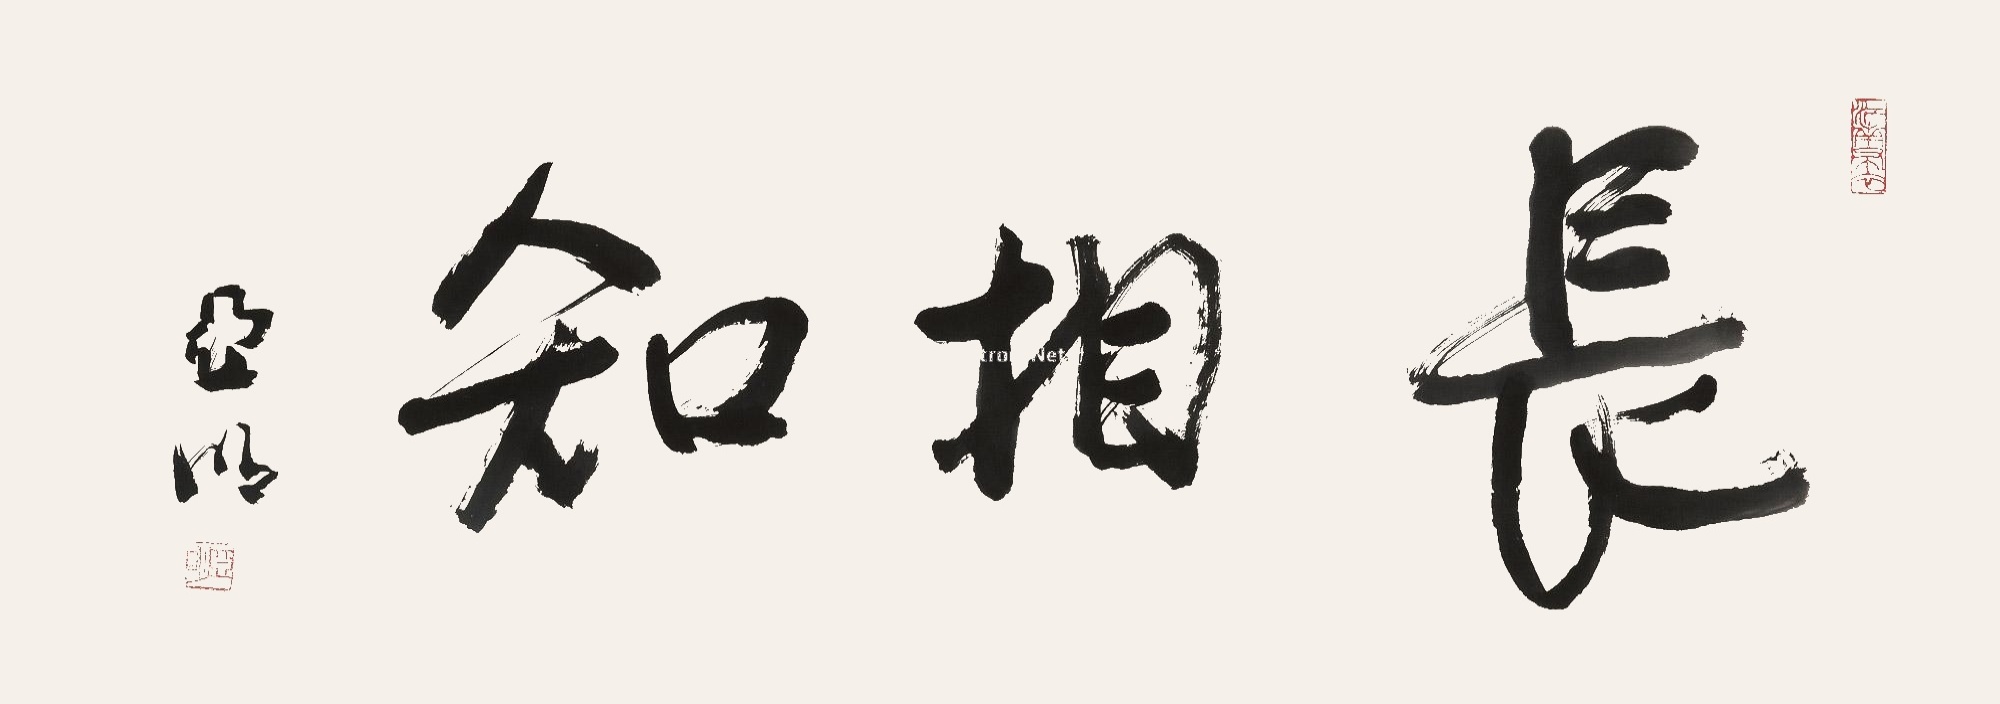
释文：长相知亚明